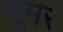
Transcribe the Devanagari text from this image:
भूमर